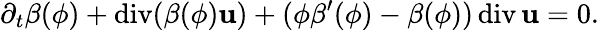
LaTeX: \partial_{t}\beta(\phi)+\mathrm{div}(\beta(\phi){\mathbf u})+(\phi\beta^{\prime}(\phi)-\beta(\phi))\, \mathrm{div}\, {\mathbf u}=0.